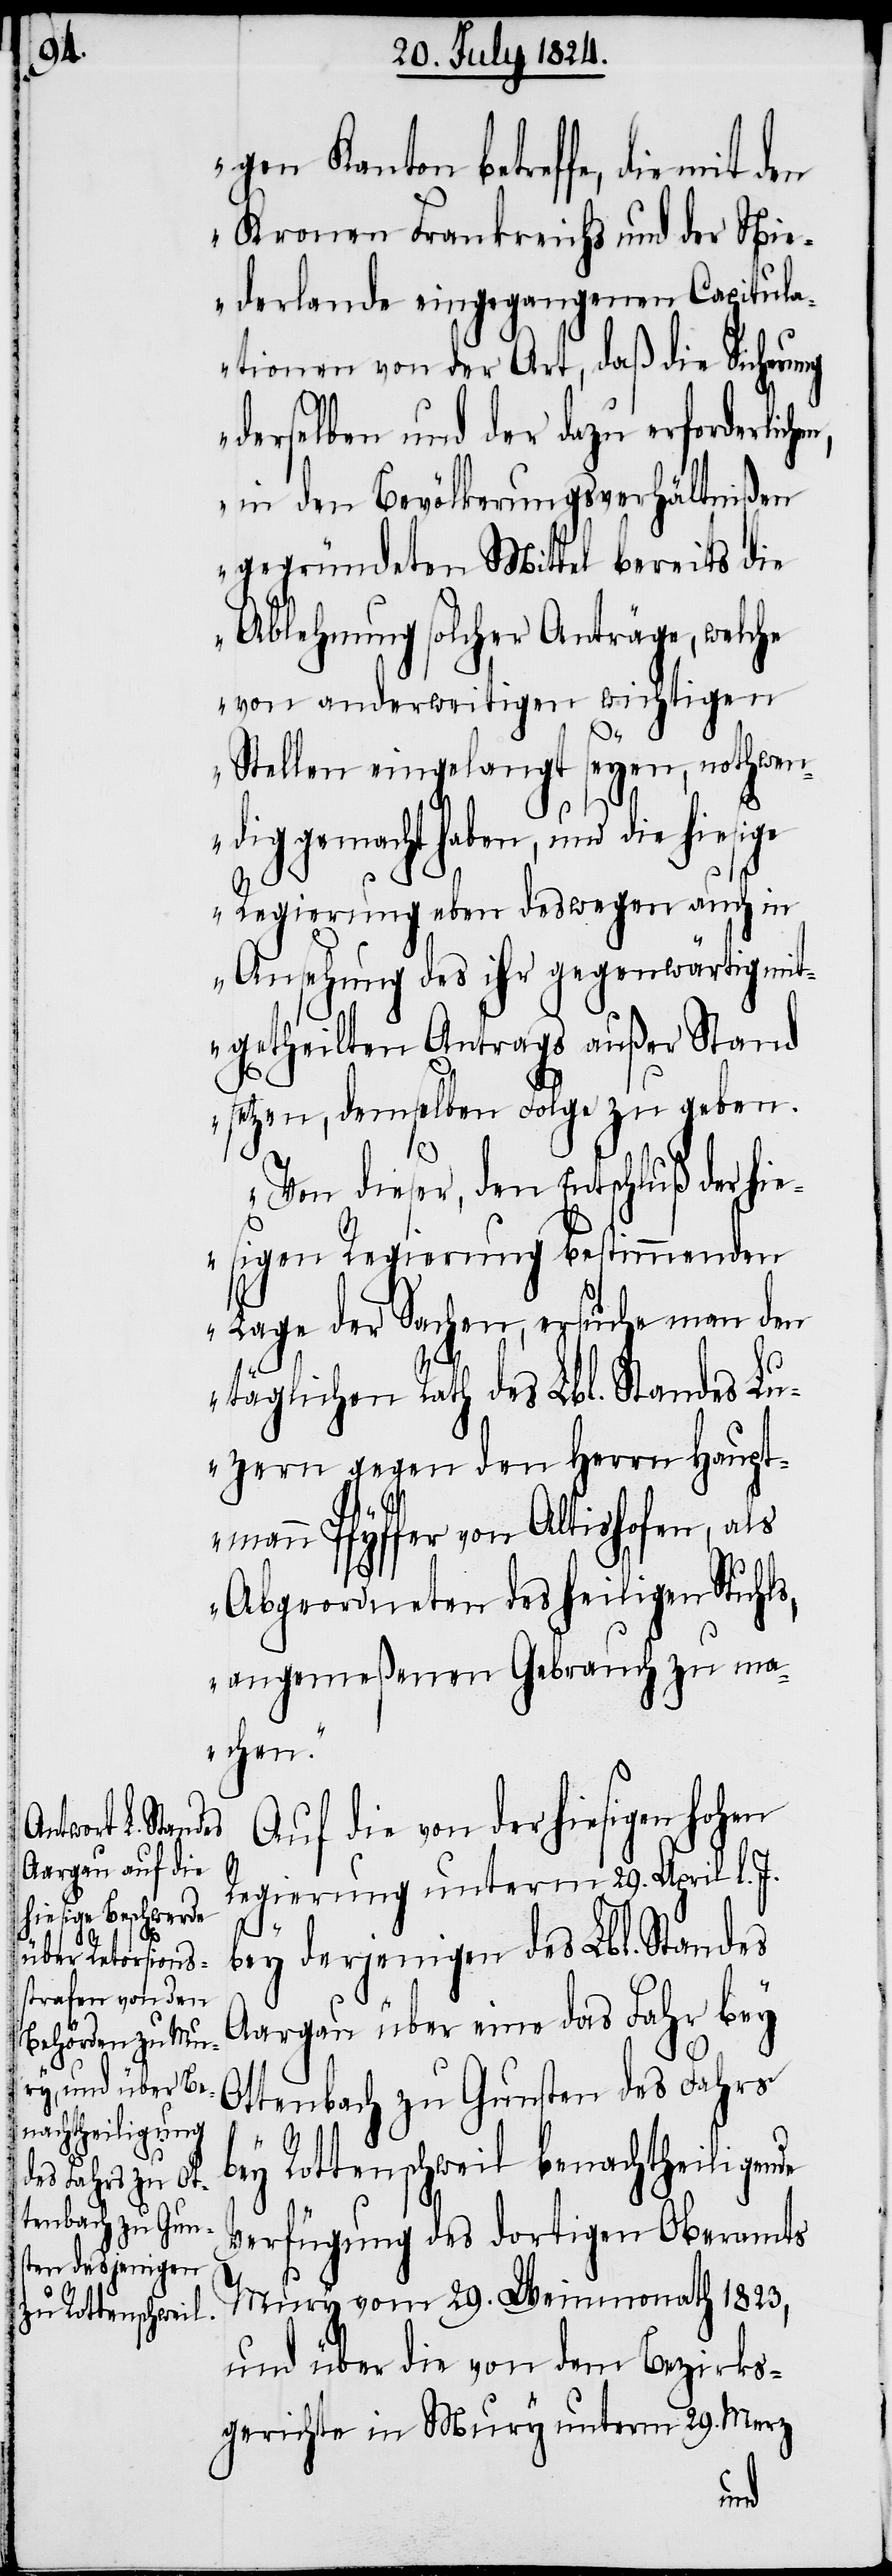
gen Kanton betreffe, die mit
Kronen Frankreichs und der Nie¬
derlande eingegangenen Capitula¬
tionen von der Art, daß die Schonung
derselben und der dazu erforderlich¬
in den Bevölkerungsverhältnißen
gegründeten Mittel bereits die
Ablehnung solcher Anträge, welche
von anderweitigen wichtigen
Stellen eingelangt seyen, nothwen¬
dig gemacht haben, und die hiesige
Regierung eben deswegen auch in
Ansehung des ihr gegenwärtig mit¬
getheilten Antrags außer Stand
setzen, demselben Folge zu geben.
Von dieser, den Entschluß der hi¬
esigen Regierung bestimmenden
Lage der Sachen, ersuche man den
täglichen Rath des Lbl. Standes Lu¬
zern gegen den Herrn Haupt¬
mann Pfyffer von Altishofen, als
Abgeordneten des heiligen Stuhls,
angemeßenen Gebrauch zu ma¬
chen.“
Auf die von der hiesigen hohen
Regierung unterm 29. April d. J.
bey derjenigen des Lbl. Standes
Aargau über eine das Fahr bey
Ottenbach zu Gunsten des Fahrs
bey Rottenschweil benachtheiligende
Verfügung des dortigen Oberamtes
Mury vom 29. Weinmonath 1823,
und über die von dem Bezirks¬
gerichte in Mury unterm 29. Merz
en,